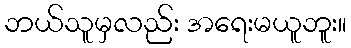
ဘယ်သူမှလည်း အရေးမယူဘူး။